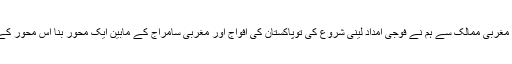
لیکن مضبوط کرنے کے لئے ہم نے مغرب کی طرف دیکھا مغربی ممالک سے ہم نے فوجی امداد لینی شروع کی توپاکستان کی افواج اور مغربی سامراج کے مابین ایک محور بنا اس محور کے چاروں طرف جو ہماری مقامی ا شرافیہ تھی وہ جمع ہوئی ۔